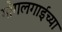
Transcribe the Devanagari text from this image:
गोगलगाईच्या